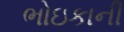
ભોઇકાની